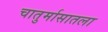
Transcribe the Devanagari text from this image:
चातुर्मासातला